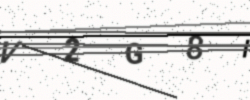
Text: V2G8I